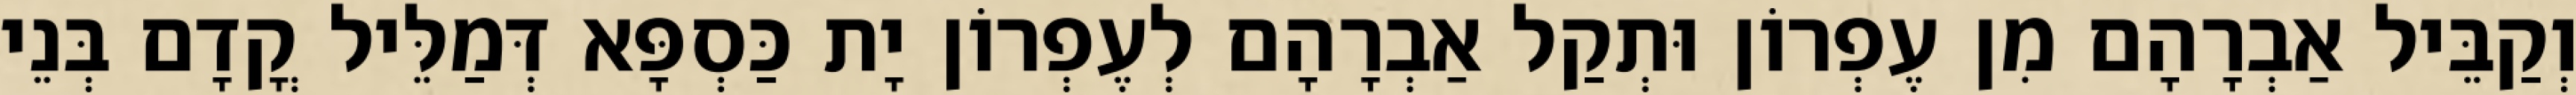
וְקַבֵּיל אַבְרָהָם מִן עֶפְרוֹן וּתְקַל אַבְרָהָם לְעֶפְרוֹן יָת כַּסְפָּא דְּמַלֵּיל קֳדָם בְּנֵי